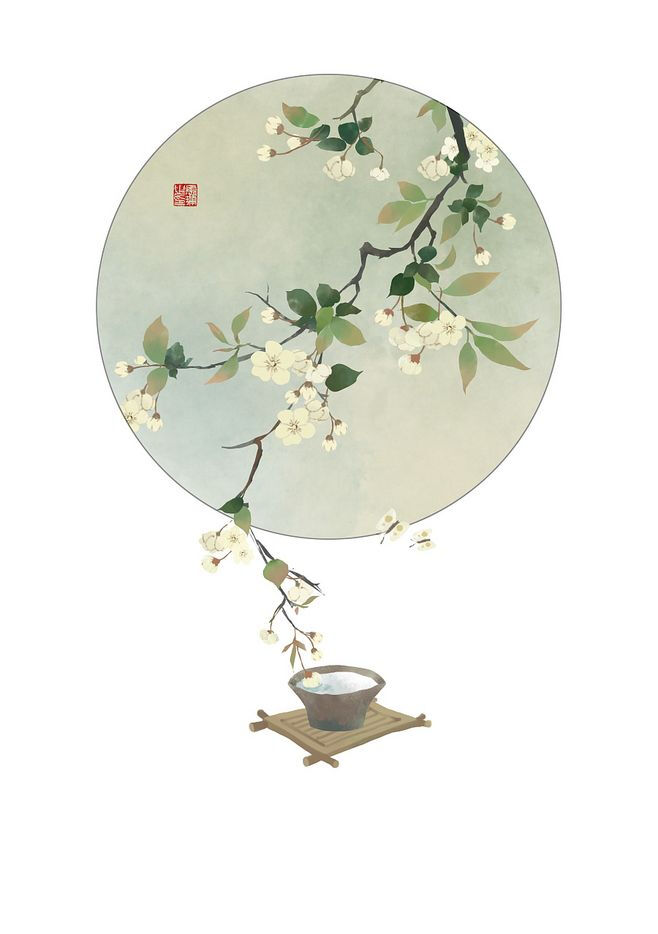
云淡风轻近午天，傍花随柳过前川。